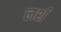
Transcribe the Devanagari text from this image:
लर्श